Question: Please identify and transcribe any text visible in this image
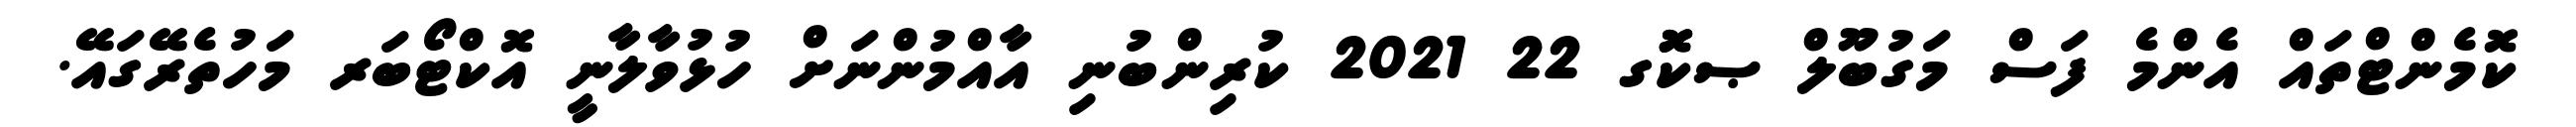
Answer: ކޮމެންޓްތައް އެންމެ ފަސް މަގުބޫލް ޞކޮޮގ 22 2021 ކުރިންބުނި އާއްމުންނަށް ހުޅުވާލާނީ އޮކްޓޯބަރ މަހުތެރޭގައޭ.